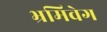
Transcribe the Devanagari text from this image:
भ्रमिवेग